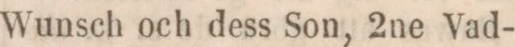
Wunsch och dess Son, 2ne Vad-